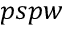
p s p w